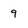
Character: 9